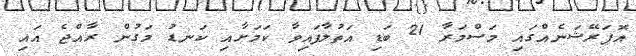
އޮޕަރޭޝަނެއްގައި މަސްމަރާ 21 ބަޑި އަތުލާފައިވާ ކަމަށާއި ކަނޑު މަގުން ރާއްޖެ އައި